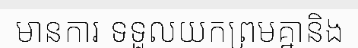
មានការ ទទួលយកព្រមគ្នានិង